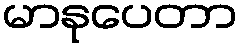
မာနုပေတာ